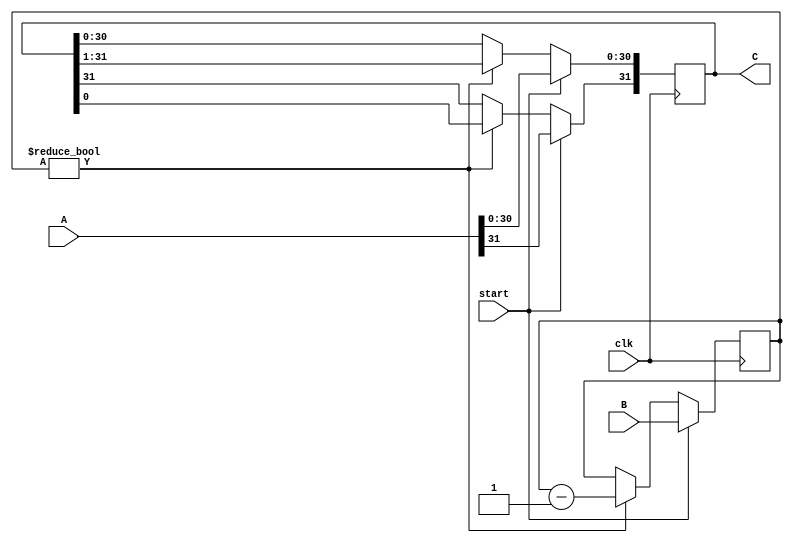
module rotateright(
    input [31:0] A,
    input [5:0] B,
    input clk,
    input start,
    output reg [31:0] C
);

reg [5:0] count;

always @(posedge clk) begin
    if (start) begin
        C = A;
        count = B;
    end
    else if (count!=0) begin
        count = count-1;
        C[30:0] <= C[31:1];
        C[31] <= C[0];
    end
end

endmodule